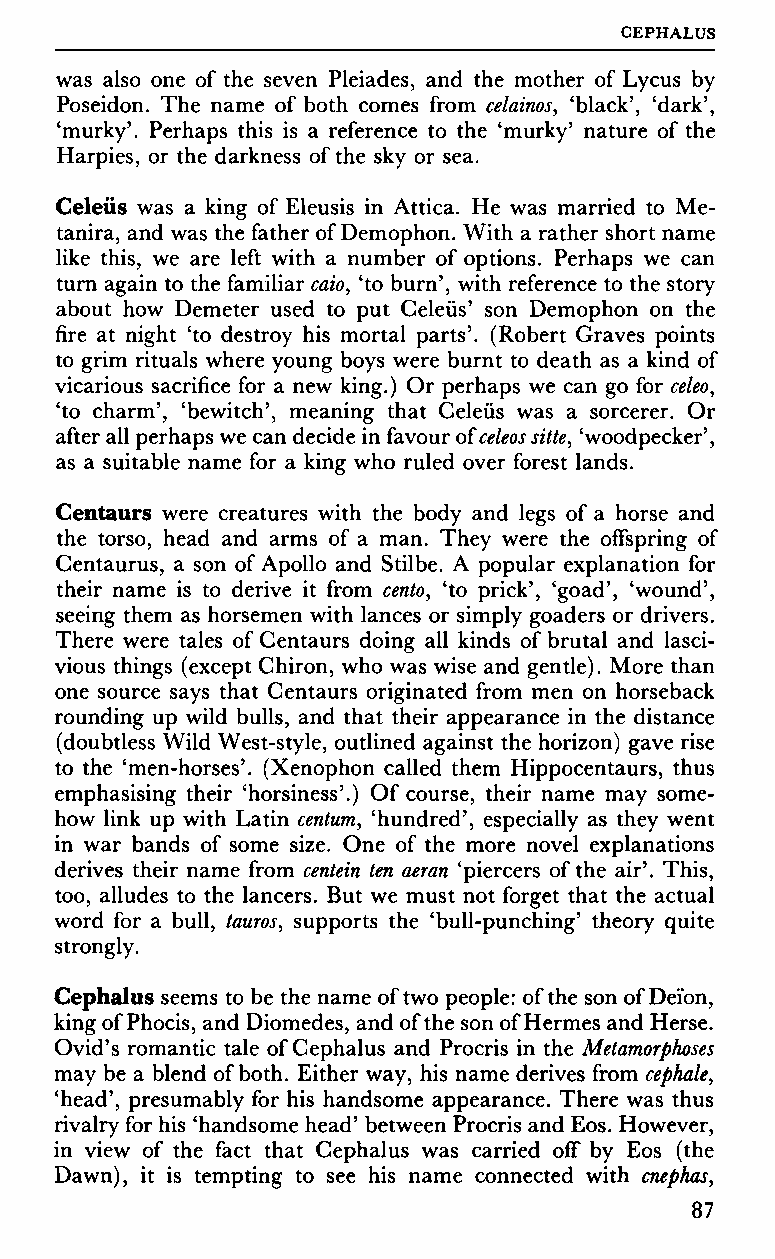
GEPHALUS
 was also one of the seven Pleiades, and the mother of Lycus by
 Poseidon. The name of both comes from celainos, 'black', 'dark',
 'murky'. Perhaps this is a reference to the 'murky' nature of the
 Harpies, or the darkness of the sky or sea.
 Celeüs was a king of Eleusis in Attica. He was married to Me-
 tanira, and was the father of Demophon. With a rather short name
 like this, we are left with a number of options. Perhaps we can
 turn again to the familiar caio, 'to burn', with reference to the story
 about how Demeter used to put Celeüs' son Demophon on the
 fire at night 'to destroy his mortal parts'. (Robert Graves points
 to grim rituals where young boys were burnt to death as a kind of
 vicarious sacrifice for a new king.) Or perhaps we can go for celeo,
 'to charm', 'bewitch', meaning that Celeüs was a sorcerer. Or
 after all perhaps we can decide in favour oïceleos sitte, 'woodpecker',
 as a suitable name for a king who ruled over forest lands.
 Centaurs were creatures with the body and legs of a horse and
 the torso, head and arms of a man. They were the offspring of
 Centaurus, a son of Apollo and Stilbe. A popular explanation for
 their name is to derive it from cento, 'to prick', 'goad', 'wound',
 seeing them as horsemen with lances or simply goaders or drivers.
 There were tales of Centaurs doing all kinds of brutal and lasci
 vious things (except Chiron, who was wise and gentle). More than
 one source says that Centaurs originated from men on horseback
 rounding up wild bulls, and that their appearance in the distance
 (doubtless Wild West-style, outlined against the horizon) gave rise
 to the 'men-horses'. (Xenophon called them Hippocentaurs, thus
 emphasising their 'horsiness'.) Of course, their name may some
 how link up with Latin centum, 'hundred', especially as they went
 in war bands of some size. One of the more novel explanations
 derives their name from centein ten aeran 'piercers of the air'. This,
 too, alludes to the lancers. But we must not forget that the actual
 word for a bull, tauros, supports the 'bull-punching' theory quite
 strongly.
 Cephalus seems to be the name of two people: of the son of Deïon,
 king of Phocis, and Diomedes, and of the son of Hermes and Herse.
 Ovid's romantic tale of Cephalus and Procris in the Metamorphoses
 may be a blend of both. Either way, his name derives from cephale,
 'head', presumably for his handsome appearance. There was thus
 rivalry for his 'handsome head' between Procris and Eos. However,
 in view of the fact that Cephalus was carried off by Eos (the
 Dawn), it is tempting to see his name connected with cnephas,
 87